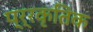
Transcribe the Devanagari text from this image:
प्र्रकृतिक